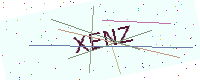
Text: XENZ